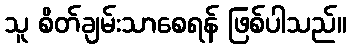
သူ စိတ်ချမ်းသာစေရန် ဖြစ်ပါသည်။